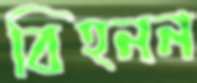
বিহনন